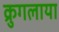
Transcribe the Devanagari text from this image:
क्रुगलाया